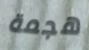
هجمة